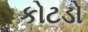
કોટડો